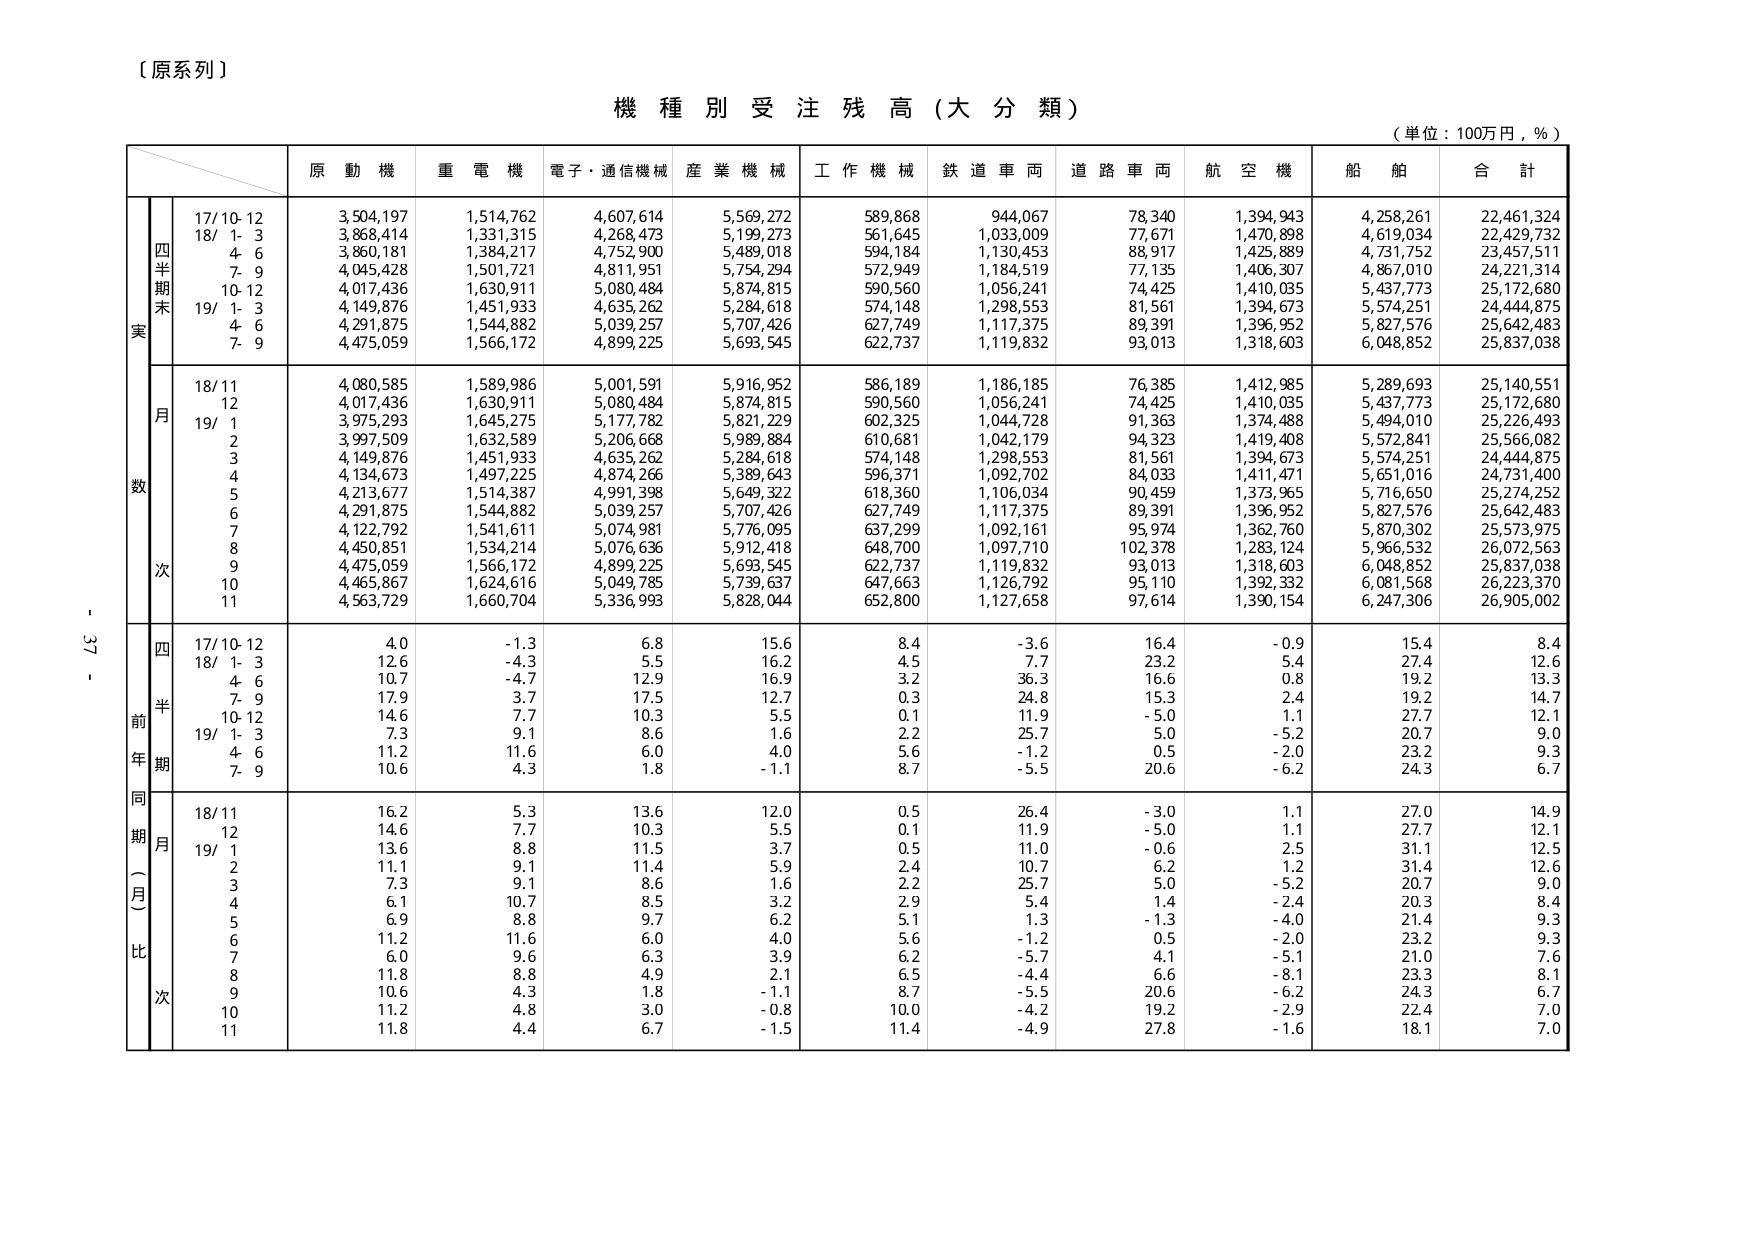
〔原系列〕

機種別受注残高（大分類）

（単位：100万円，％）

原動機　重電機　電子・通信機械　産業機械　工作機械　鉄道車両　道路車両　航空機　船舶　合計

四半期末
実
17/10-12　3,504,197　1,514,762　4,607,614　5,569,272　589,868　944,067　78,340　1,394,943　4,258,261　22,461,324
18/1-3　3,868,414　1,331,315　4,268,473　5,199,273　561,645　1,033,009　77,671　1,470,898　4,619,034　22,429,732
4-6　3,860,181　1,384,217　4,752,900　5,489,018　594,184　1,130,453　88,917　1,425,889　4,731,752　23,457,511
7-9　4,045,428　1,501,721　4,811,951　5,754,294　572,949　1,184,519　77,135　1,406,307　4,867,010　24,221,314
10-12　4,017,436　1,630,911　5,080,484　5,874,815　590,560　1,056,241　74,425　1,410,035　5,437,773　25,172,680
19/1-3　4,149,876　1,451,933　4,635,262　5,284,618　574,148　1,298,553　81,561　1,394,673　5,574,251　24,444,875
4-6　4,291,875　1,544,882　5,039,257　5,707,426　627,749　1,117,375　89,391　1,396,952　5,827,576　25,642,483
7-9　4,475,059　1,566,172　4,899,225　5,693,545　622,737　1,119,832　93,013　1,318,603　6,048,852　25,837,038

月
数
18/11　4,080,585　1,589,986　5,001,591　5,916,952　586,189　1,186,185　76,385　1,412,985　5,289,693　25,140,551
12　4,017,436　1,630,911　5,080,484　5,874,815　590,560　1,056,241　74,425　1,410,035　5,437,773　25,172,680
19/1　3,975,293　1,645,275　5,177,782　5,821,229　602,325　1,044,728　91,363　1,374,488　5,494,010　25,226,493
2　3,997,509　1,632,589　5,206,668　5,989,884　610,681　1,042,179　94,323　1,419,408　5,572,841　25,566,082
3　4,149,876　1,451,933　4,635,262　5,284,618　574,148　1,298,553　81,561　1,394,673　5,574,251　24,444,875
4　4,134,673　1,497,225　4,874,266　5,389,643　596,371　1,092,702　84,033　1,411,471　5,651,016　24,731,400
5　4,213,677　1,514,387　4,991,398　5,649,322　618,360　1,106,034　90,459　1,373,965　5,716,650　25,274,252
6　4,291,875　1,544,882　5,039,257　5,707,426　627,749　1,117,375　89,391　1,396,952　5,827,576　25,642,483
7　4,122,792　1,541,611　5,074,981　5,776,095　637,299　1,092,161　95,974　1,362,760　5,870,302　25,573,975
8　4,450,851　1,534,214　5,076,636　5,912,418　648,700　1,097,710　102,378　1,283,124　5,966,532　26,072,563
9　4,475,059　1,566,172　4,899,225　5,693,545　622,737　1,119,832　93,013　1,318,603　6,048,852　25,837,038
10　4,465,867　1,624,616　5,049,785　5,739,637　647,663　1,126,792　95,110　1,392,332　6,081,568　26,223,370
11　4,563,729　1,660,704　5,336,993　5,828,044　652,800　1,127,658　97,614　1,390,154　6,247,306　26,905,002

四
半
前
年
期
17/10-12　4.0　-1.3　6.8　15.6　8.4　-3.6　16.4　-0.9　15.4　8.4
18/1-3　12.6　-4.3　5.5　16.2　4.5　7.7　23.2　5.4　27.4　12.6
4-6　10.7　-4.7　12.9　16.9　3.2　36.3　16.6　0.8　19.2　13.3
7-9　17.9　3.7　17.5　12.7　0.3　24.8　15.3　2.4　19.2　14.7
10-12　14.6　7.7　10.3　5.5　0.1　11.9　-5.0　1.1　27.7　12.1
19/1-3　7.3　9.1　8.6　1.6　2.2　25.7　5.0　-5.2　20.7　9.0
4-6　11.2　11.6　6.0　4.0　5.6　-1.2　0.5　-2.0　23.2　9.3
7-9　10.6　4.3　1.8　-1.1　8.7　-5.5　20.6　-6.2　24.3　6.7

同期（月）比
18/11　16.2　5.3　13.6　12.0　0.5　26.4　-3.0　1.1　27.0　14.9
12　14.6　7.7　10.3　5.5　0.1　11.9　-5.0　1.1　27.7　12.1
19/1　13.6　8.8　11.5　3.7　0.5　11.0　-0.6　2.5　31.1　12.5
2　11.1　9.1　11.4　5.9　2.4　10.7　6.2　1.2　31.4　12.6
3　7.3　9.1　8.6　1.6　2.2　25.7　5.0　-5.2　20.7　9.0
4　6.1　10.7　8.5　3.2　2.9　5.4　1.4　-2.4　20.3　8.4
5　6.9　8.8　9.7　6.2　5.1　1.3　-1.3　-4.0　21.4　9.3
6　11.2　11.6　6.0　4.0　5.6　-1.2　0.5　-2.0　23.2　9.3
7　6.0　9.6　6.3　3.9　6.2　-5.7　4.1　-5.1　21.0　7.6
8　11.8　8.8　4.9　2.1　6.5　-4.4　6.6　-8.1　23.3　8.1
9　10.6　4.3　1.8　-1.1　8.7　-5.5　20.6　-6.2　24.3　6.7
10　11.2　4.8　3.0　-0.8　10.0　-4.2　19.2　-2.9　22.4　7.0
11　11.8　4.4　6.7　-1.5　11.4　-4.9　27.8　-1.6　18.1　7.0

- 37 -